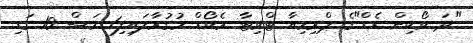
"ދަ ވޯކިން ޑެޑް"ގެ ޕްރިމިއާ ޓްވިޓާ ރެކޯޑް މުގުރާލައިފި1 މަސް 10 ގަޑި